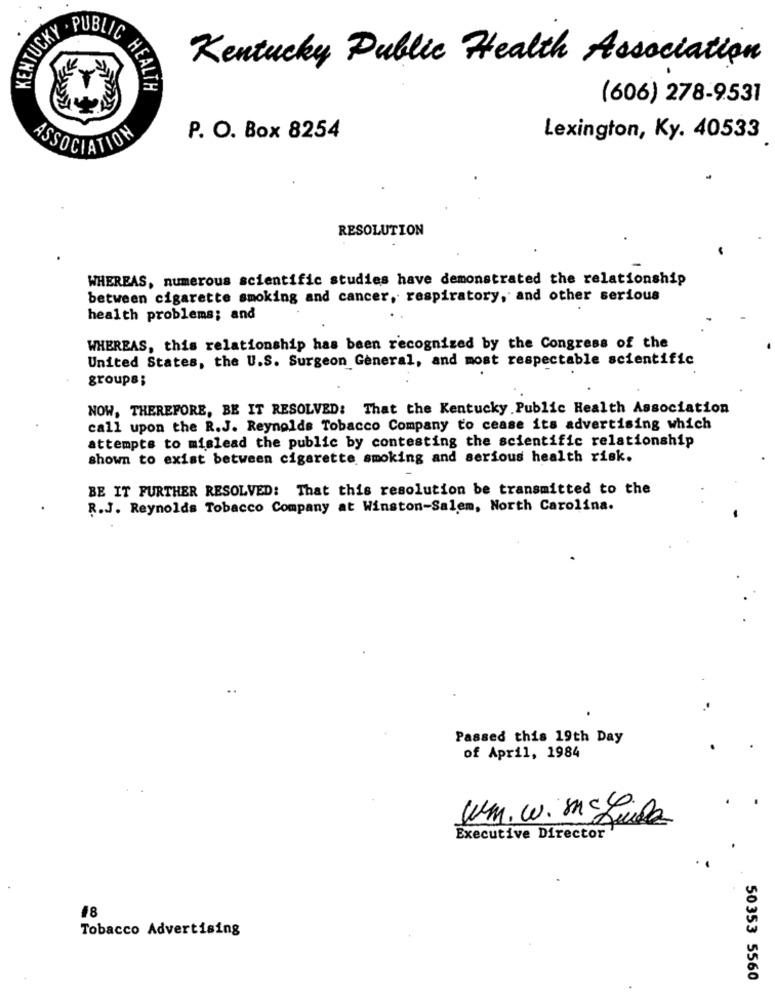
KENTUCKY
Kentucky Public Health Association
LIC HEALTH
(606) 278-9531
ACCU
P. O. Box 8254
Lexington, Ky. 40533
OCIATION
RESOLUTION
WHEREAS, numerous scientific studies have demonstrated the relationship
between cigarette smoking and cancer, respiratory, and other serious
health problems; and
WHEREAS, this relationship has been recognized by the Congress of the
United States, the U.S. Surgeon General, and most respectable scientific
groups ;
NOW, THEREFORE, BE IT RESOLVED: That the Kentucky Public Health Association
call upon the R.J. Reynolds Tobacco Company to cease its advertising which
attempts to mislead the public by contesting the scientific relationship
shown to exist between cigarette smoking and serious health risk.
BE IT FURTHER RESOLVED: That this resolution be transmitted to the
R.J. Reynolds Tobacco Company at Winston-Salem, North Carolina.
..
Passed this 19th Day
of April, 1984
Um. w. sacco
Executive Director
#8
Tobacco Advertising
50353 5560